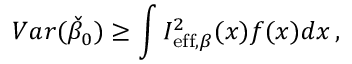
V a r ( \check { \beta } _ { 0 } ) \geq \int I _ { \mathrm { e f f } , \beta } ^ { 2 } ( x ) f ( x ) d x \, ,